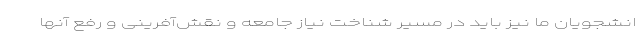
انشجویان ما نیز باید در مسیر شناخت نیاز جامعه و نقش‌آفرینی و رفع آنها